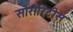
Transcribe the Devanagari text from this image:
सोरोरिटीस